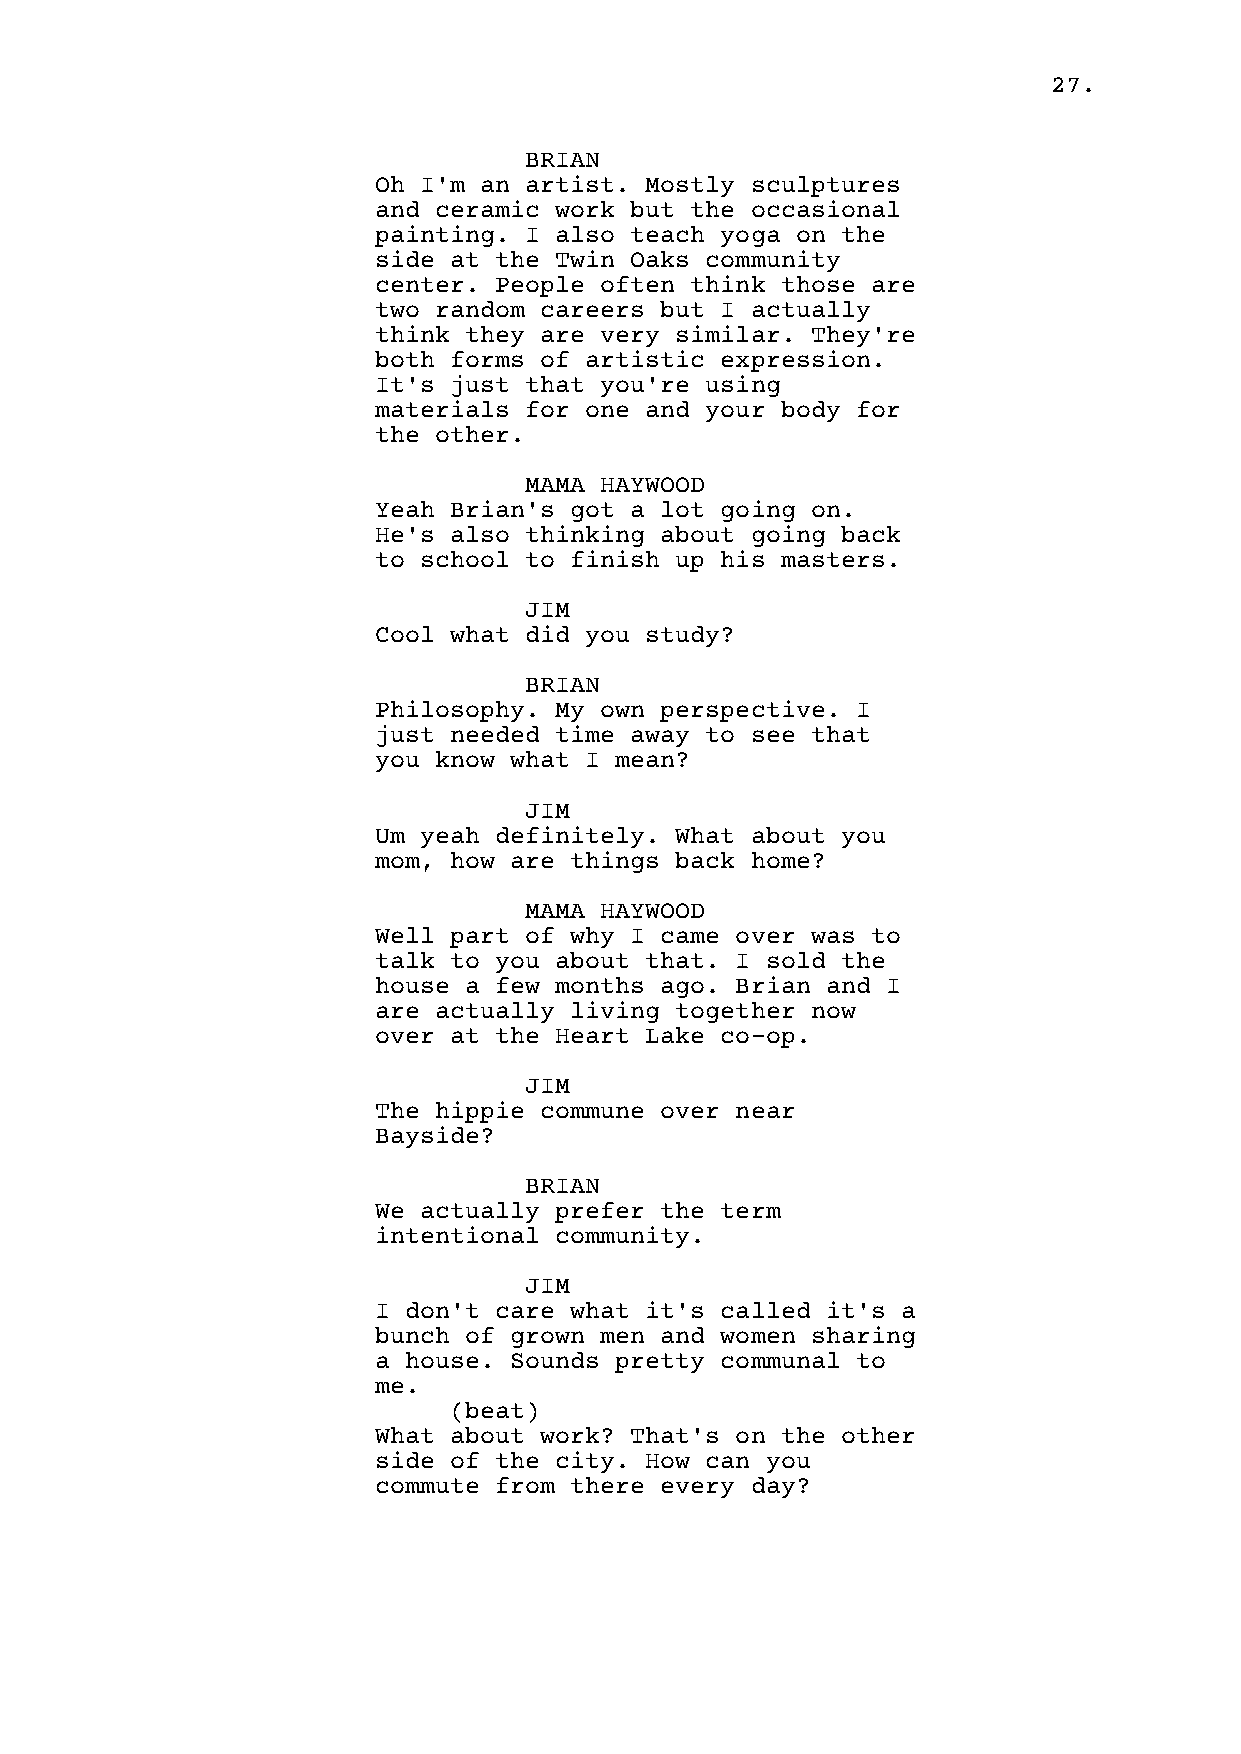
27.
 BRIAN
 Oh I'm an artist. Mostly sculptures
 and ceramic work but the occasional
 painting. I also teach yoga on the
 side at the Twin Oaks community
 center. People often think those are
 two random careers but I actually
 think they are very similar. They're
 both forms of artistic expression.
 It's just that you're using
 materials for one and your body for
 the other.
 MAMA HAYWOOD
 Yeah Brian's got a lot going on.
 He's also thinking about going back
 to school to finish up his masters.
 JIM
 Cool what did you study?
 BRIAN
 Philosophy. My own perspective. I
 just needed time away to see that
 you know what I mean?
 JIM
 Um yeah definitely. What about you
 mom, how are things back home?
 MAMA HAYWOOD
 Well part of why I came over was to
 talk to you about that. I sold the
 house a few months ago. Brian and I
 are actually living together now
 over at the Heart Lake co-op.
 JIM
 The hippie commune over near
 Bayside?
 BRIAN
 We actually prefer the term
 intentional community.
 JIM
 I don't care what it's called it's a
 bunch of grown men and women sharing
 a house. Sounds pretty communal to
 me.
 (beat)
 What about work? That's on the other
 side of the city. How can you
 commute from there every day?